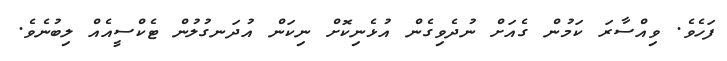
ފަހެވެ. ވިއްސާރަ ކަމުން ގެއަށް ނުދެވިގެން އުޅެނިކޮށް ނިކަން އުދަނގުލުން ޓެކްސީއެއް ލިބުނެވެ.